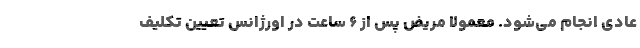
عادی انجام می‌شود. معمولا مریض پس از ۶ ساعت در اورژانس تعیین تکلیف